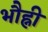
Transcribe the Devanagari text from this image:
भौह्नी